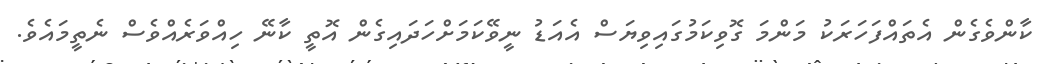
ކާންވެގެން އެތައްފަހަރަކު މަންމަ ގޮވިކަމުގައިވިޔަސް އެއަޑު ނީވޭކަމަށްހަދައިގެން އޮތީ ކާނޭ ހިއްވަރެއްވެސް ނެތީމައެވެ.